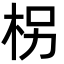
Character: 柺